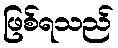
ဖြစ်ရသည်